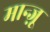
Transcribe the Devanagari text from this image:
मान्ज़ू